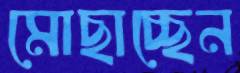
মোছাচ্ছেন